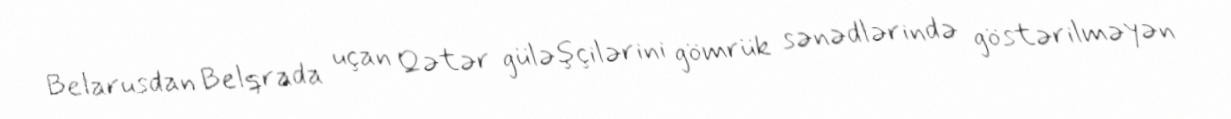
Belarusdan Belqrada uçan Qətər güləşçilərini gömrük sənədlərində göstərilməyən